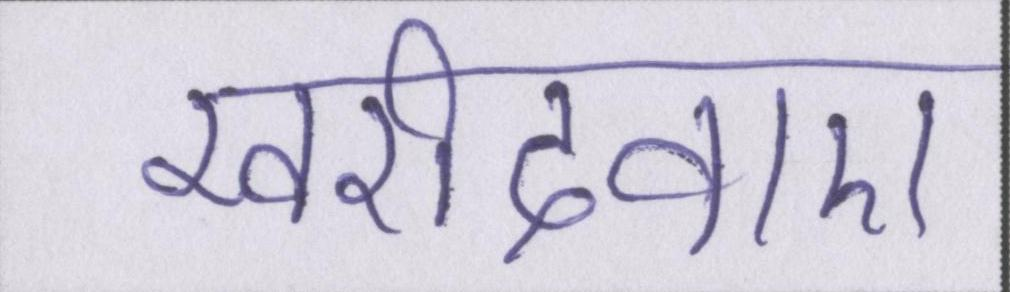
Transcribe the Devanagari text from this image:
खरीदवाए